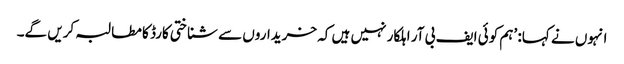
انہوں نے کہا: ’ہم کوئی ایف بی آر اہلکار نہیں ہیں کہ خریداروں سے شناختی کارڈ کا مطالبہ کریں گے۔